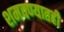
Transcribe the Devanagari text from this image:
शमवण्यातही